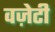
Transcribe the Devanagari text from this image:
वज़ेटी